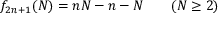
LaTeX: f _ { 2 n + 1 } ( N ) = n N - n - N \qquad ( N \geq 2 )